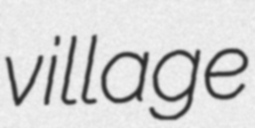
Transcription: village